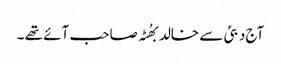
آج دبئی سے خالد بھُٹہ صاحب آئے تھے ۔